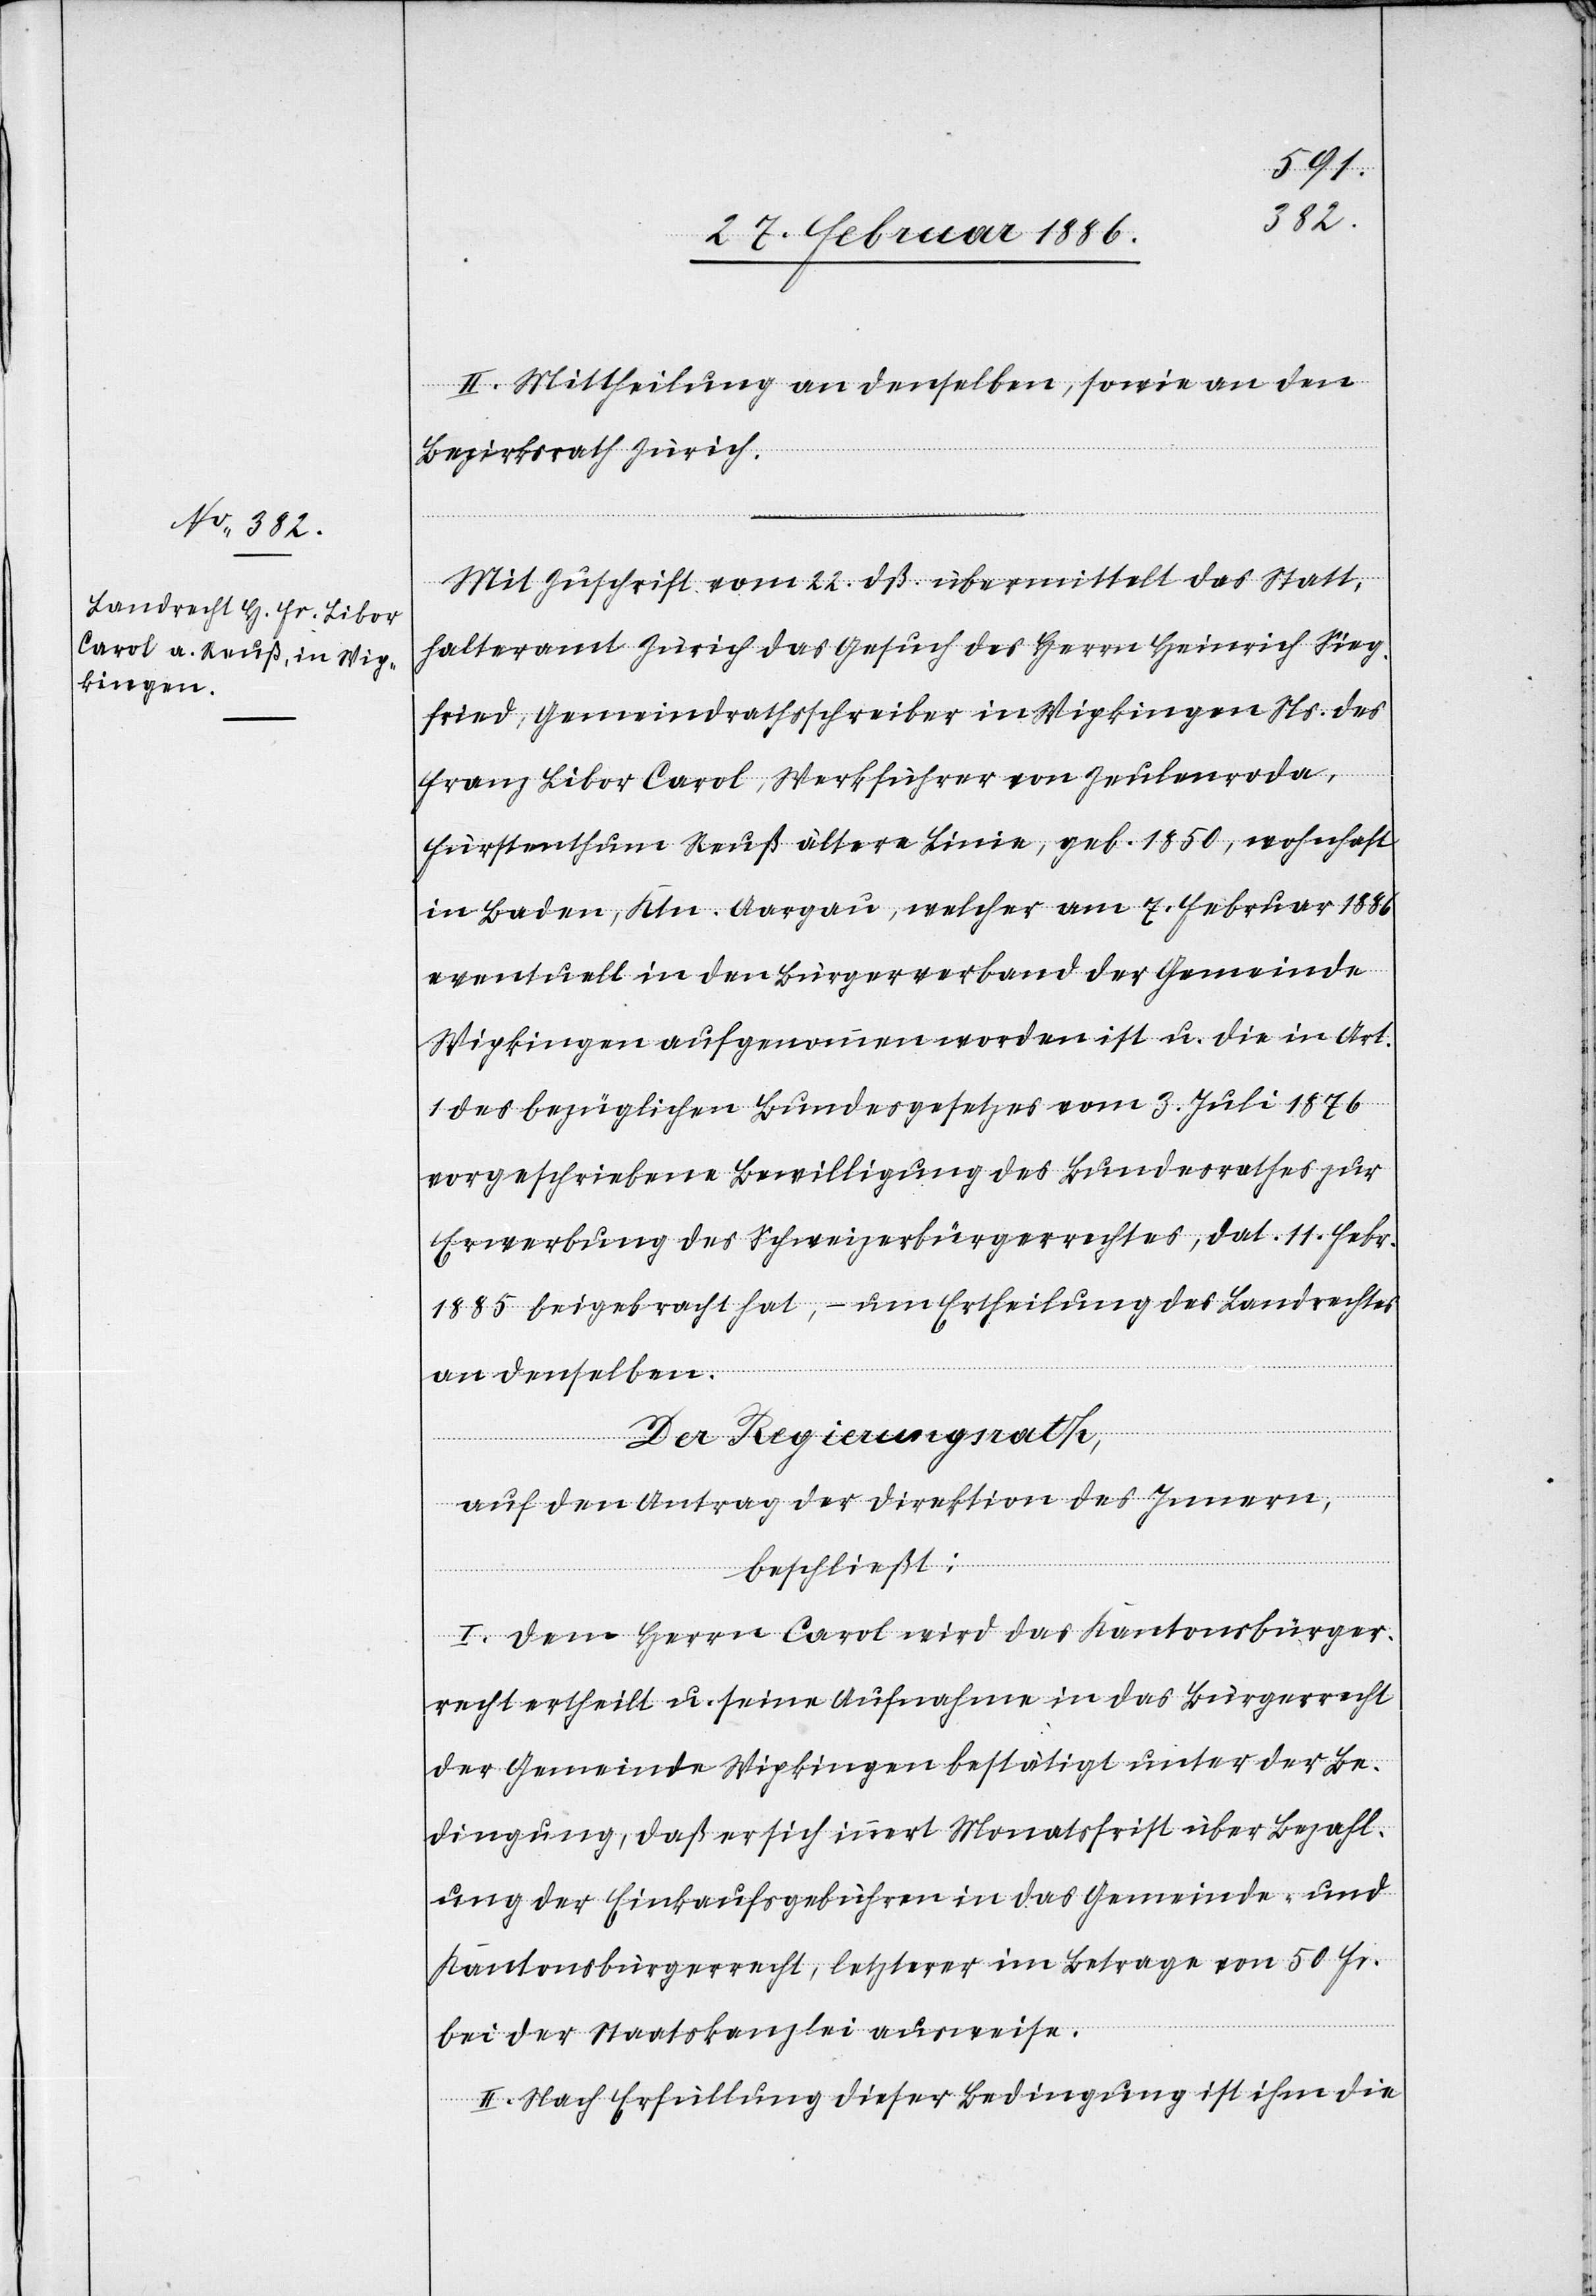
II. Mittheilung an denselben, sowie an den
Bezirksrath Zürich.
Mit Zuschrift vom 22. dß. übermittelt das Statt¬
halteramt Zürich das Gesuch des Herrn Heinrich Sieg¬
fried, Gemeindrathsschreiber in Wipkingen Ns. de
Franz Libor Carol, Werkführer von Zeulenroda,
Fürstenthum Reuß ältere Linie, geb. 1850, wohnhaft
in Baden, Ktn. Aargau, welcher am 7. Februar 1886
eventuell in den Bürgerverband der Gemeinde
Wipkingen aufgenommen worden ist u. die in Art.
1 des bezüglichen Bundesgesetzes vom 3. Juli 1876
vorgeschriebene Bewilligung des Bundesrathes zur
Erwerbung des Schweizerbürgerrechtes, dat. 11. Febr.
1885 beigebracht hat, – um Ertheilung des Landrechtes
an denselben.
Der Regierungsrath,
auf den Antrag der Direktion des Innern,
beschließt:
I. Dem Herrn Carol wird das Kantonsbürge¬
recht ertheilt u. seine Aufnahme in das Bürgerrecht
der gemeinde Wipkingen bestätigt unter de Be¬
dingung, daß er sich innert Monatsfrist über Bezahl¬
ung der Einkaufsgebühren in das Gemeinde- und
Kantonsbürgerrecht, letztere im Betrage von 50 Fr.
bei der Staatskanzlei ausweise.
II. Nach Erfüllung dieser Bedingung ist ihm die